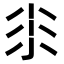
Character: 𡭯